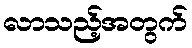
လာသည့်အတွက်